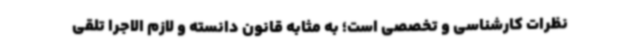
نظرات کارشناسی و تخصصی است؛ به مثابه قانون دانسته و لازم الاجرا تلقی